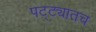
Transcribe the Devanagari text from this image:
पट्ट्यातच